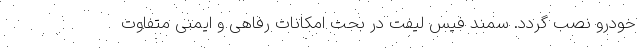
خودرو نصب گردد. سمند فیس لیفت در بحث امکانات رفاهی و ایمنی متفاوت